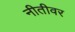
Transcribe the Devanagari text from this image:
नीतीवर